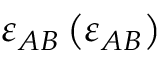
\varepsilon _ { A B } \left( \varepsilon _ { A B } \right)